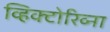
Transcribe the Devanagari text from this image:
व्हिक्टोरिव्ना